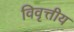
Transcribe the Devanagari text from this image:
विवृत्तीय